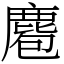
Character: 麅